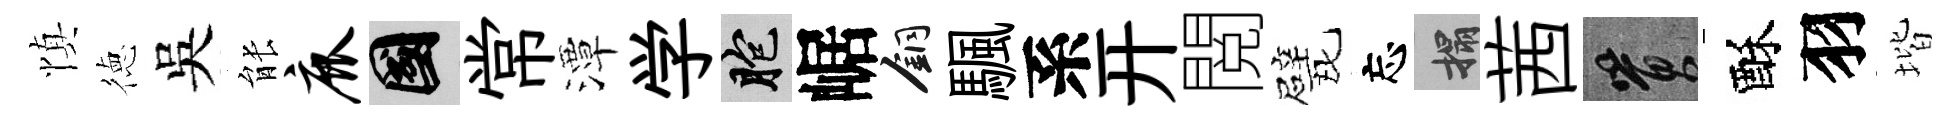
慎徳吳䏻鹿國常潭学胞崌銅颿系开閲甓忘搨茜篔酥羽堦